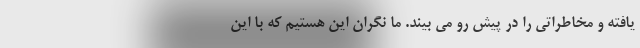
یافته و مخاطراتی را در پیش رو می بیند. ما نگران این هستیم که با این